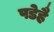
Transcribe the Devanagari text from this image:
पडेहै